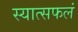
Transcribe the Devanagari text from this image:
स्यात्सफलं